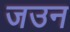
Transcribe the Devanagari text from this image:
जउन